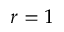
r = 1